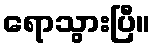
ရောသွားပြီ။